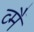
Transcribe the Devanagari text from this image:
व्मैं